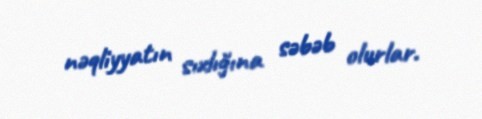
nəqliyyatın sıxlığına səbəb olurlar.